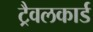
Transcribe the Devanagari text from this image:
ट्रैवलकार्ड